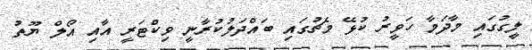
ލީގުގައި މާދަމާ ހަވީރު ކުޅޭ މެޗުގައި ބައްދަލުކުރާނީ ވިކްޓަރީ އާއި އޯލް ޔޫތު